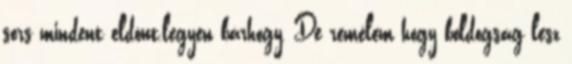
sors mindent eldönt,legyen bárhogy, De remélem hogy boldogság lesz